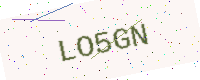
Text: LO5GN